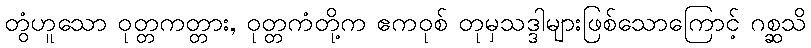
တွံဟူသော ဝုတ္တကတ္တား, ဝုတ္တကံတို့က ဧကဝုစ် တုမှသဒ္ဒါများဖြစ်သောကြောင့် ဂစ္ဆသိ